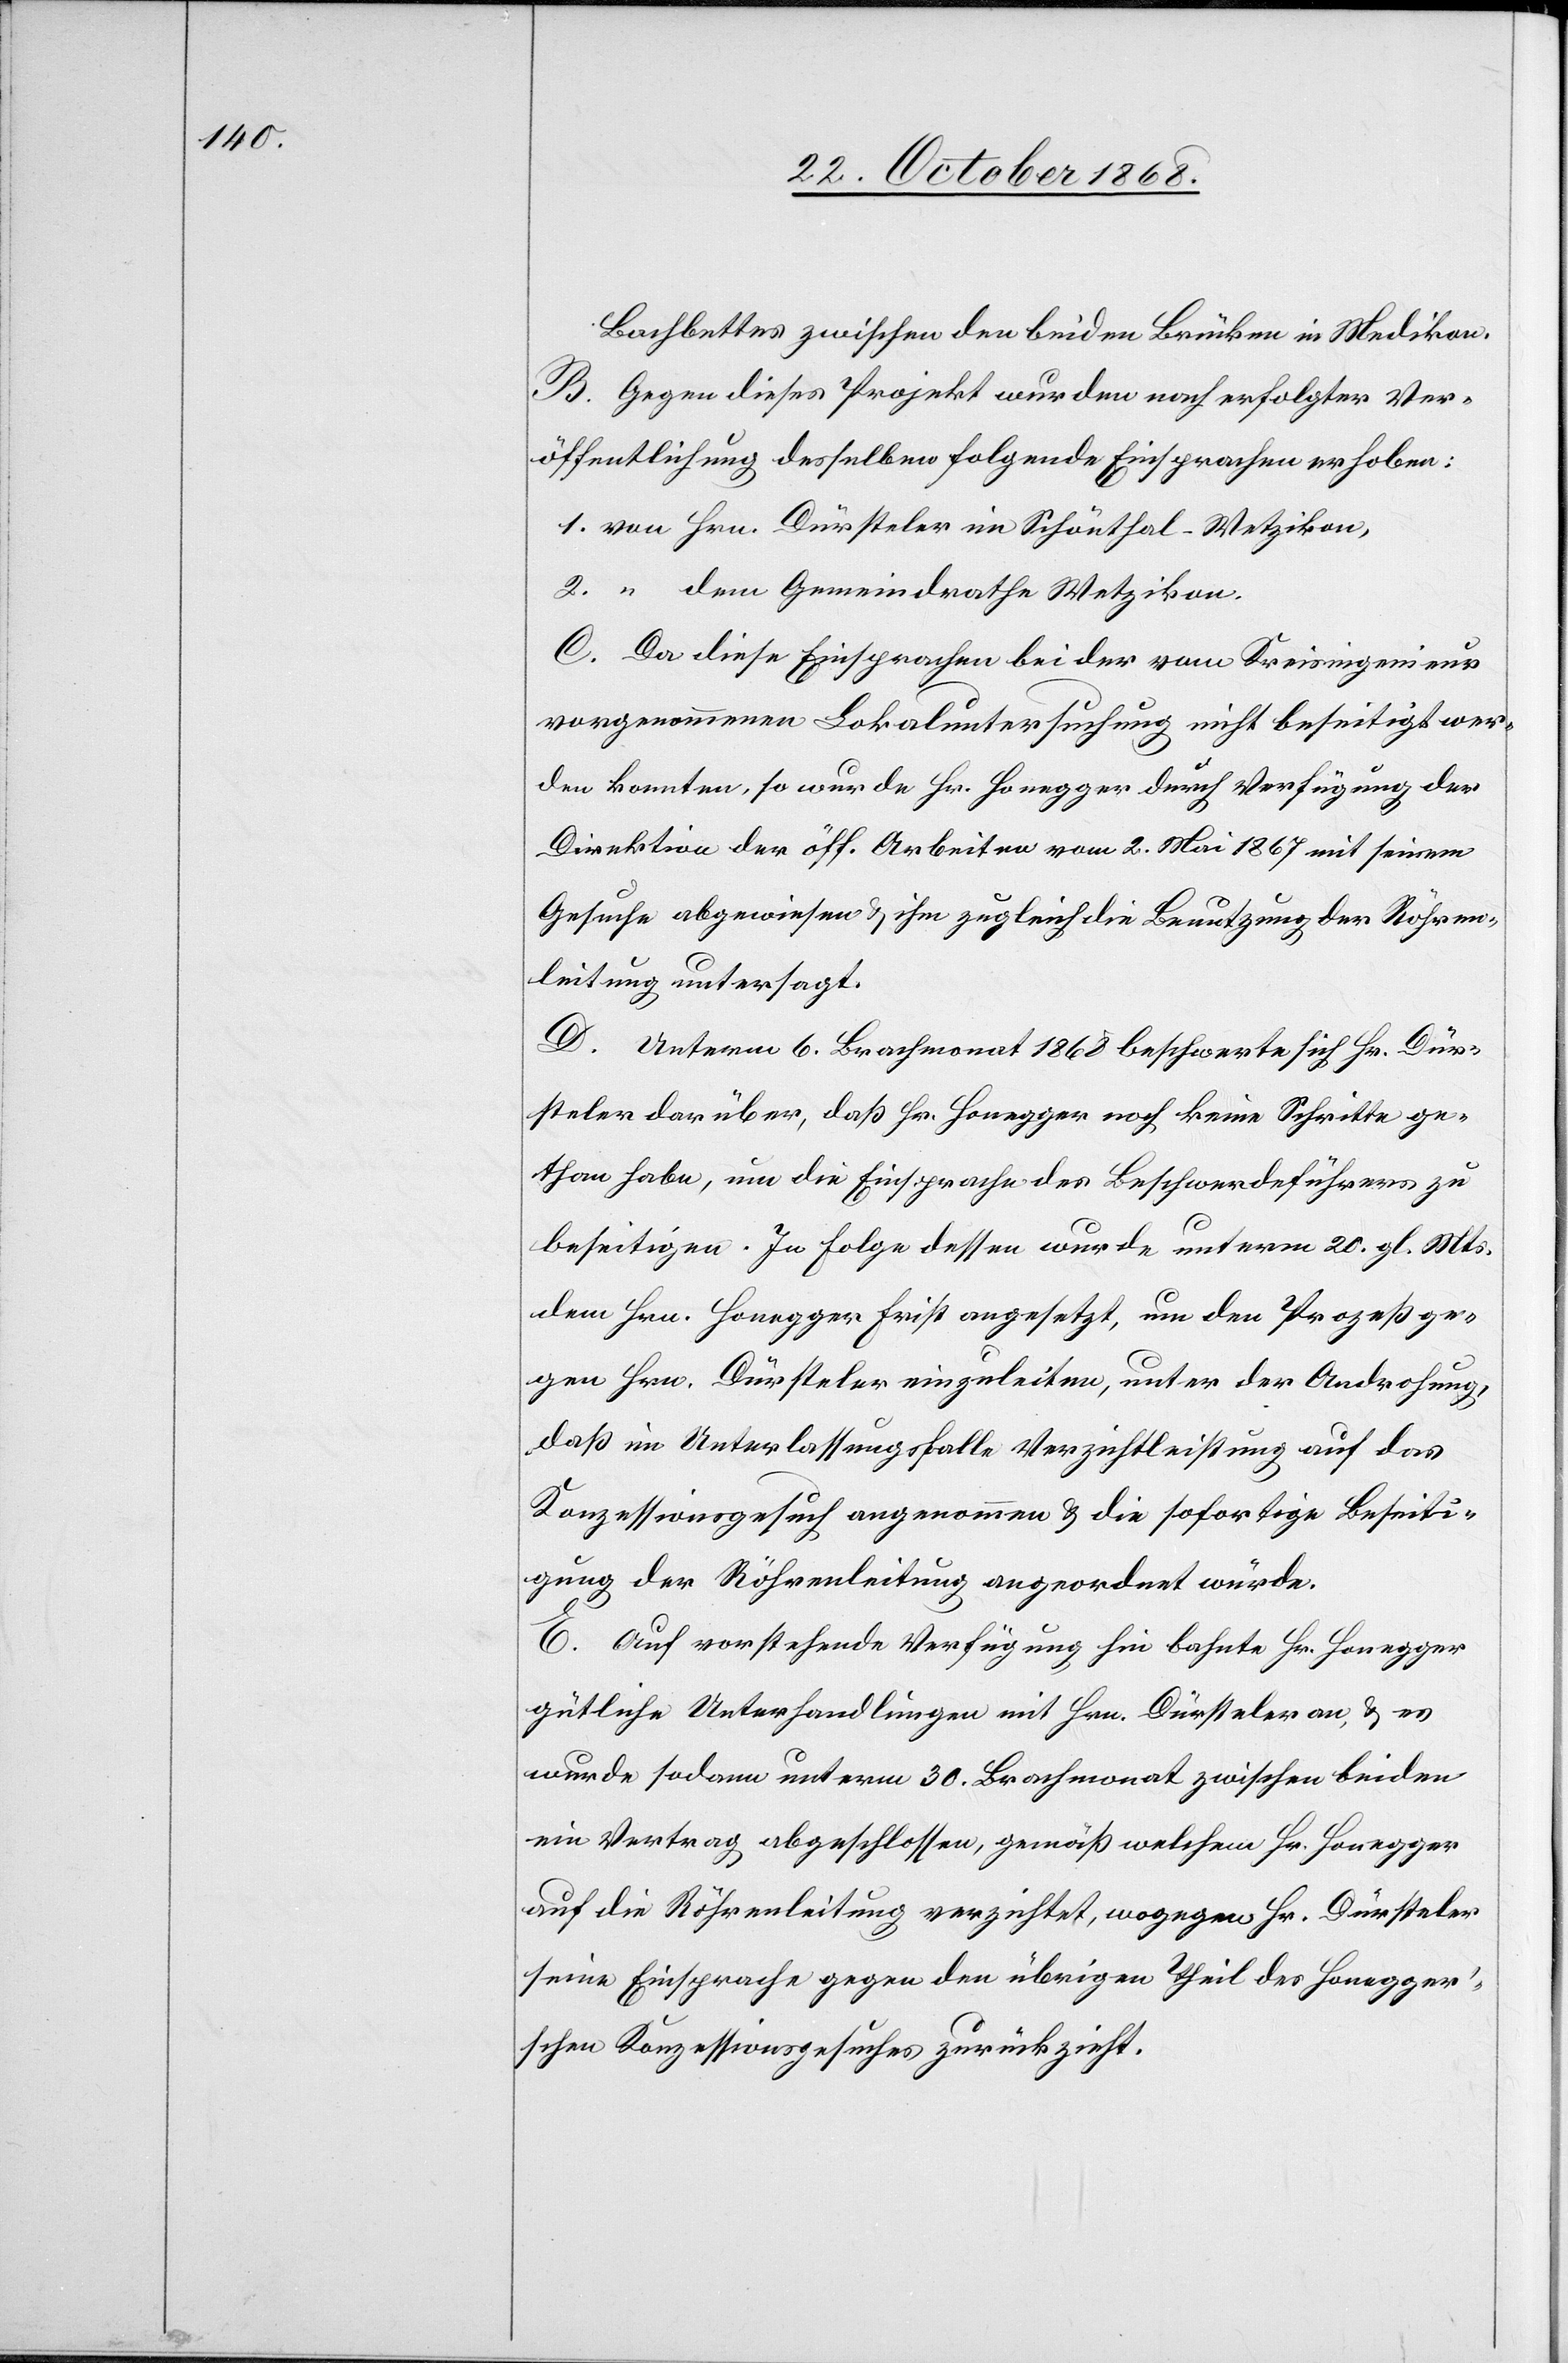
Bachbettes zwischen den beiden Brücken in Medikon.
B. Gegen dieses Projekt wurden nach erfolgter Ver¬
öffentlichung desselben folgende Einsprachen erhoben:
von Hrn. Dürsteler im Schönthal - Wetzikon,
“ dem Gemeindrathe Wetzikon.
C. Da diese Einsprachen bei der vom Kreisingenieur
vorgenommenen Lokaluntersuchung nicht beseitigt wer¬
den konnten, so wurde Hr. Honegger durch Verfügung der
Direktion der öff. Arbeiten vom 2. Mai 1867 mit seinem
Gesuche abgewiesen & ihm zugleich die Benutzung der Röhren¬
leitung untersagt.
D. Unterm 6. Brachmonat 1868 beschwerte sich Hr. Dür¬
steler darüber, daß Hr. Honegger noch keine Schritte ge¬
than habe, um die Einsprache des Beschwerdeführers zu
beseitigen. In Folge dessen wurde unterm 20. gl. Mts.
dem Hrn. Honegger Frist angesetzt, um den Prozeß ge¬
gen Hrn. Dürsteler einzuleiten, unter der Androhung,
daß im Unterlassungsfalle Verzichtleistung auf das
Konzessionsgesuch angenommen & die sofortige Beseiti¬
gung der Röhrenleitung angeordnet würde.
E. Auf vorstehende Verfügung hin bahnte Hr. Honegger
gütliche Unterhandlungen mit Hrn. Dürsteler an, & es
wurde sodann unterm 30. Brachmonat zwischen beiden
ein Vertrag abgeschlossen, gemäß welchem Hr. Honegger
auf die Röhrenleitung verzichtet, wogegen Hr. Dürsteler
seine Einsprache gegen den übrigen Theil des Honegge¬
r’schen Konzessionsgesuches zurückzieht.